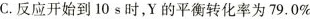
C.反应开始到10s时，Y的平衡转化率为79.0％